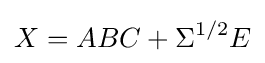
X=ABC+\Sigma ^{1/2}E